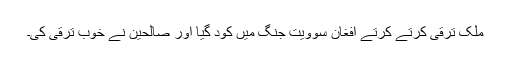
ملک ترقی کرتے کرتے افغان سوویت جنگ میں کود گیا اور صالحین نے خوب ترقی کی۔